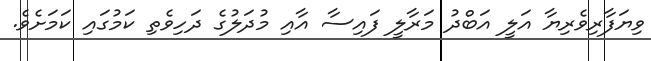
ވިޔަފާރިވެރިޔާ އަލީ އަބްދު މަރާލީ ފައިސާ އާއި މުދަލުގެ ދަހިވެތި ކަމުގައި ކަމަށެވެ.